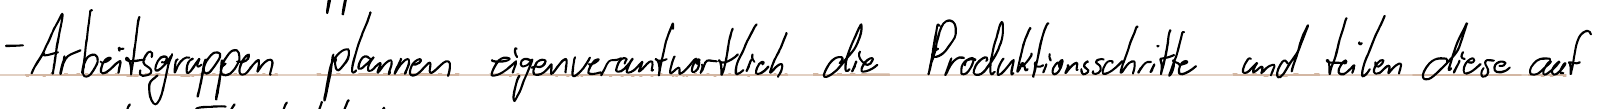
- Arbeitsgruppen planen eigenverantwortlich die Produktionsschritte und teilen diese auf